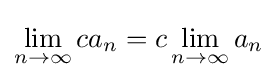
\lim _{n\to \infty }ca_{n}=c\lim _{n\to \infty }a_{n}